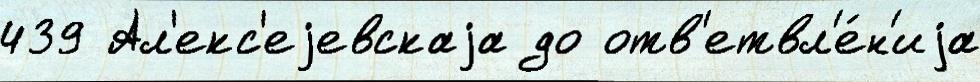
439 Ал'екс'еjевскаjа до отв'етвл'е́н'иjа